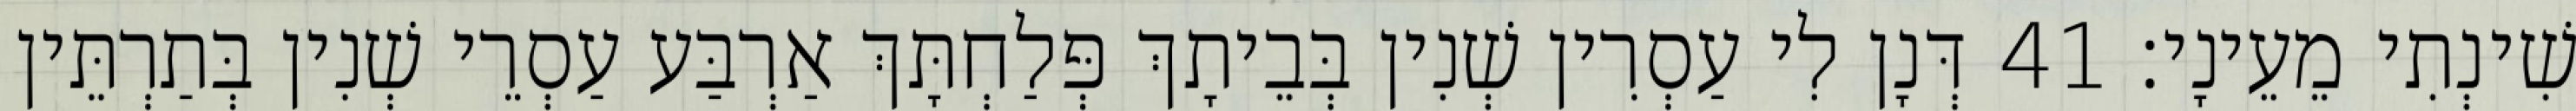
שִׁינְתִי מֵעֵינָי׃ 41 דְּנָן לִי עַסְרִין שְׁנִין בְּבֵיתָךְ פְּלַחְתָּךְ אַרְבַּע עַסְרֵי שְׁנִין בְּתַרְתֵּין